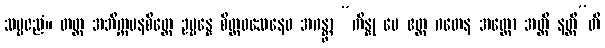
သမ္ပဇညံ။ တတ္ထ အဘိက္ကမနစိတ္တေ ဥပ္ပန္နေ စိတ္တဝသေနေဝ အဂန္တွာ “ကိန္နု မေ ဧတ္ထ ဂတေန အတ္ထော အတ္ထိ နတ္ထီ”တိ